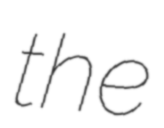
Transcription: the